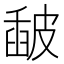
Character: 𥀈